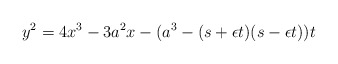
\begin{align*}y^{2}=4x^{3}- 3a^2x- (a^3 -(s+\epsilon t)(s-\epsilon t))t\end{align*}